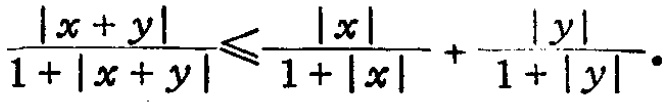
\frac{|x + y|}{1 + |x + y|} \leqslant \frac{|x|}{1 + |x|} + \frac{|y|}{1 + |y|}